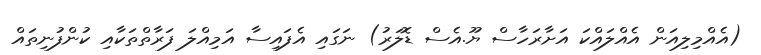
(އެއްމިލިއަން އެއްލައްކަ އަށާރަހާސް ޔޫ.އެސް ޑޮލަރު) ނަގައި އެފައިސާ އަމިއްލަ ފަރާތްތަކާއި ކުންފުނިތައް